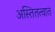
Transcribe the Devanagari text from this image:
अस्तितत्वात